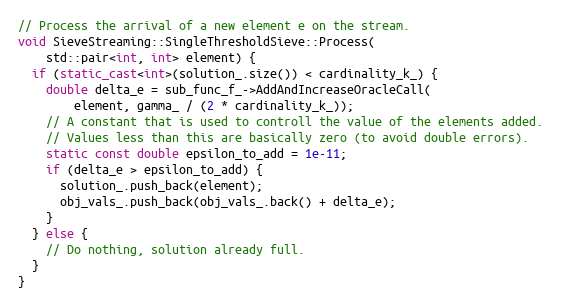
Language: C++
// Process the arrival of a new element e on the stream.
void SieveStreaming::SingleThresholdSieve::Process(
    std::pair<int, int> element) {
  if (static_cast<int>(solution_.size()) < cardinality_k_) {
    double delta_e = sub_func_f_->AddAndIncreaseOracleCall(
        element, gamma_ / (2 * cardinality_k_));
    // A constant that is used to controll the value of the elements added.
    // Values less than this are basically zero (to avoid double errors).
    static const double epsilon_to_add = 1e-11;
    if (delta_e > epsilon_to_add) {
      solution_.push_back(element);
      obj_vals_.push_back(obj_vals_.back() + delta_e);
    }
  } else {
    // Do nothing, solution already full.
  }
}